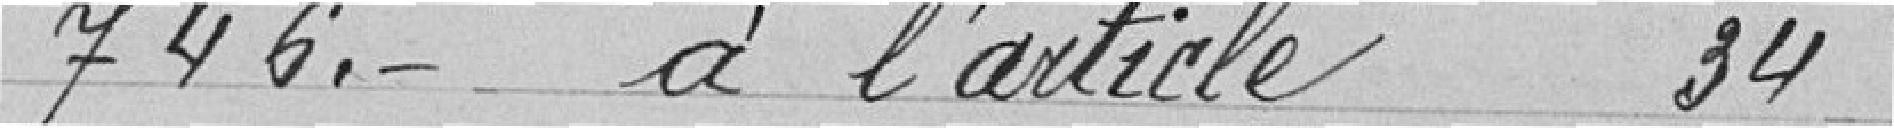
746 francs à l'article 34